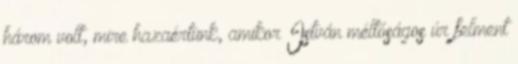
három volt, mire hazaértünk, amikor István méltóságos úr felment